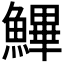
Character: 𩺷